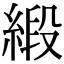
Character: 緞